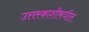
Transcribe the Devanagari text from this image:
उत्तरकाशीमधील